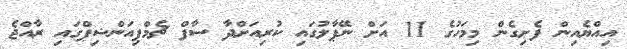
އިއްޔެއިން ފެށިގެން މިމަހުގެ 11 އަށް ނޭޕާލުގައި ކުރިއަށްދާ ސާފް ޗެމްޕިއަންޝިޕްގައި ރާއްޖެ